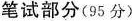
笔试部分(95分)